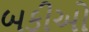
બકીઓ